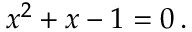
x ^ { 2 } + x - 1 = 0 \, .